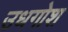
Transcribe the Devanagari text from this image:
उधगोश